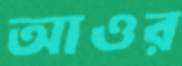
আওর